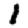
Digit: 1